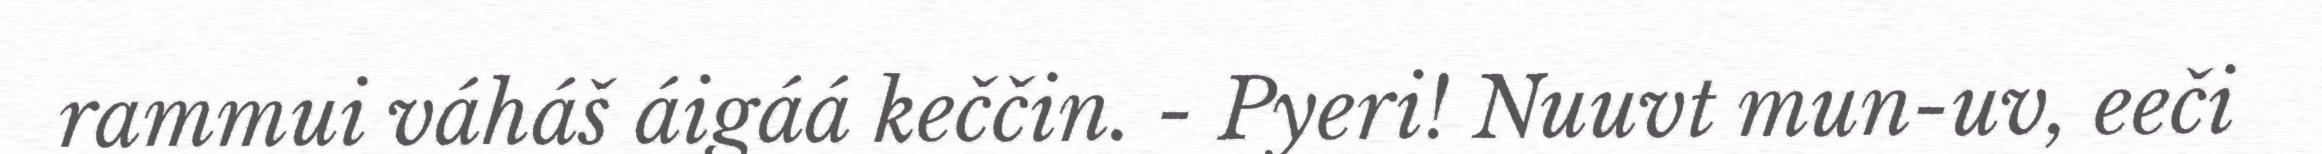
rammui váháš áigáá keččin. - Pyeri! Nuuvt mun-uv, eeči